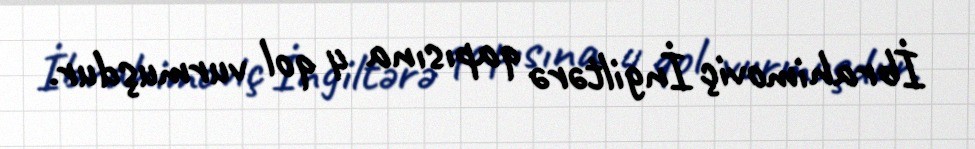
İbrahimoviç İngiltərə qapısına 4 qol vurmuşdur.